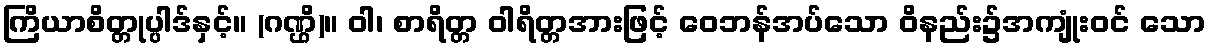
ကြိယာစိတ္တုပ္ပါဒ်နှင့်။ (ဂဏ္ဌိ)။ ဝါ၊ စာရိတ္တ ဝါရိတ္တအားဖြင့် ဝေဘန်အပ်သော ဝိနည်း၌အကျုံးဝင် သော